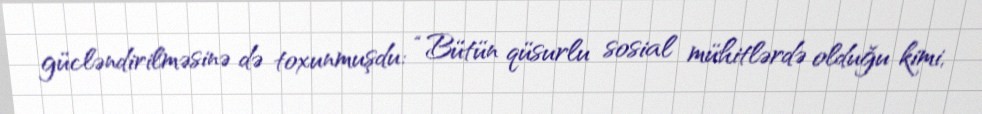
gücləndirilməsinə də toxunmuşdu: “Bütün qüsurlu sosial mühitlərdə olduğu kimi,